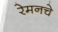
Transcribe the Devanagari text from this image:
रेमनचे